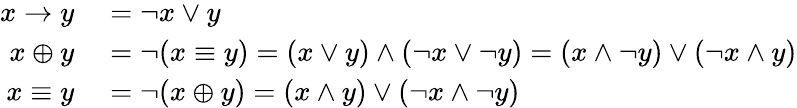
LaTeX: \begin{array}{rl}{x\rightarrow y}&{{}=\neg{x}\vee y}\\ {x\oplus y}&{{}=\neg(x\equiv y)=(x\vee y)\wedge(\neg x\vee\neg y)=(x\wedge\neg y)\vee(\neg x\wedge y)}\\ {x\equiv y}&{{}=\neg{(x\oplus y)}=(x\wedge y)\vee(\neg x\wedge\neg y)}\end{array}